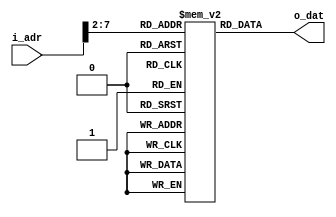
module inst_mem(i_adr, o_dat);

	input 	[31:0]	i_adr;
	output	[31:0]	o_dat;
	
	reg 		[31:0]	rom [0:63];
	reg 		[31:0]	o_dat;

	initial begin
		//$readmemh("seq2_swlw.mem",rom, 0, 63);
		//$readmemh("lab08_seq1.mem",rom, 0, 63);
		//$readmemh("lab08_seq2.mem",rom, 0, 63);
		//$readmemh("lab08_seq3.mem",rom, 0, 63);
		//$readmemh("lab08_seq4.mem",rom, 0, 63);
		//$readmemh("bubble_sort.mem",rom, 0, 63);
	end

	always @(i_adr) begin
		o_dat <= rom[i_adr[7:2]];
	end
	
	
endmodule